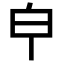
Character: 𤼽